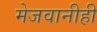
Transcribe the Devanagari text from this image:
मेजवानीही